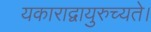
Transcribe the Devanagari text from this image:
यकाराद्वायुरुच्यते।